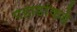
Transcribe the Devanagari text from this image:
पहाडांकडे